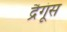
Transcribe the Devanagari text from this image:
द्रैगूंस